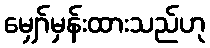
မျှော်မှန်းထားသည်ဟု